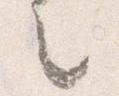
之